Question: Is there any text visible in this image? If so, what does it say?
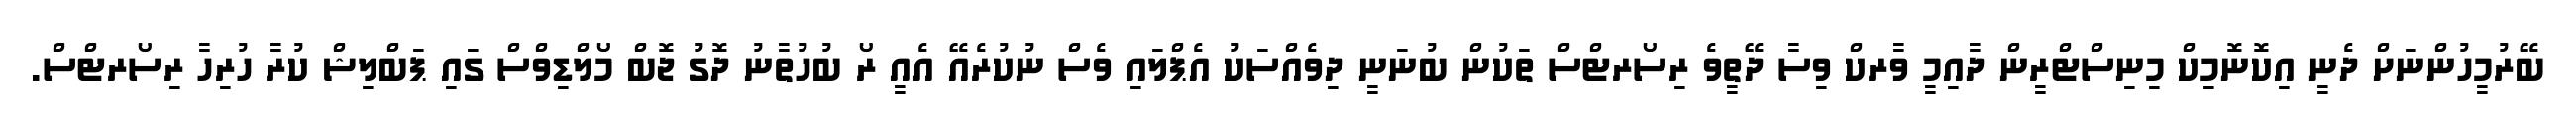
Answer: ބޭރުމީހުންނަށް ދެނީ އިކޮނޮމިކް މިނިސްޓްރީން ދާއިމީ ވާރކް ވިސާ ދޭތީވެ ރިސޯރޓްސް ތަކުން ބުނަނީ ދިވެއްސަކު އެޕްލައި ވެސް ނުކުރެއޭ އެއީ ރޯ ބުހުތާނު ދޮގު ޖޮބް މޯލްޑިވްސް ގައި ޕަބްލިޝް ކުރާ ހުރިހާ ރިސޯރޓްސް.